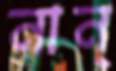
নান্